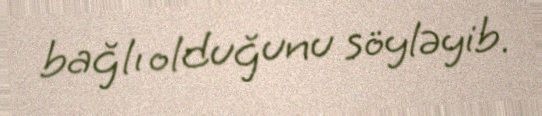
bağlı olduğunu söyləyib.